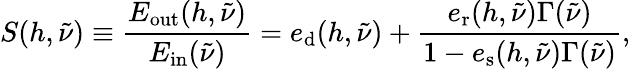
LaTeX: S(h,\tilde{\nu})\equiv\frac{E_{\mathrm{out}}(h,\tilde{\nu})}{E_{\mathrm{in}}(\tilde{\nu})}=e_{\mathrm{d}}(h,\tilde{\nu})+\frac{e_{\mathrm{r}}(h,\tilde{\nu})\Gamma(\tilde{\nu})}{1-e_{\mathrm{s}}(h,\tilde{\nu})\Gamma(\tilde{\nu})},